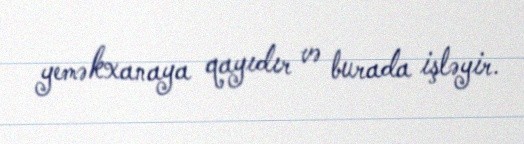
yeməkxanaya qayıdır və burada işləyir.